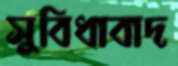
সুবিধাবাদ